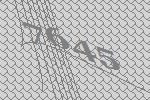
7645